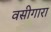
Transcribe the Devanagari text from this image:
वसीगारा